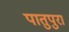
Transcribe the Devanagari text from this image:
पातुपुरा